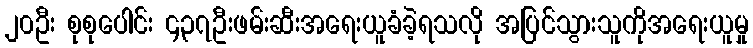
၂၀ဦး စုစုပေါင်း ၄၃၇ဦးဖမ်းဆီးအရေးယူခံခဲ့ရသလို အပြင်သွားသူကိုအရေးယူမှု